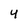
Character: 4